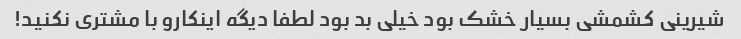
شیرینی کشمشی بسیار خشک بود خیلی بد بود لطفا دیگه اینکارو با مشتری نکنید!